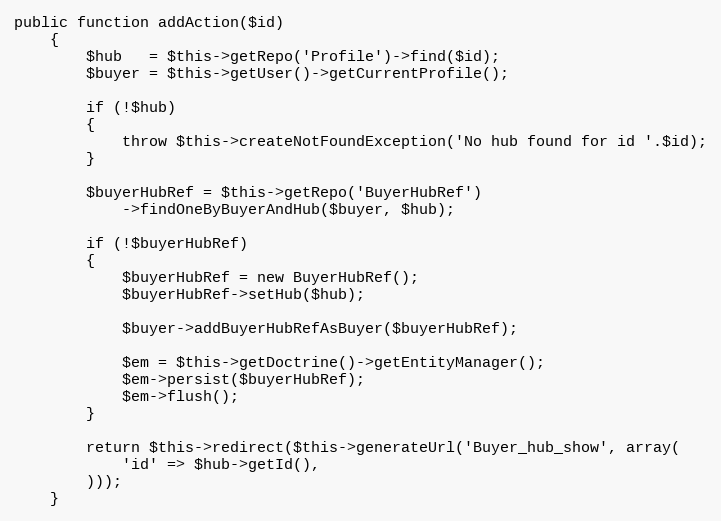
Language: PHP
public function addAction($id)
    {
        $hub   = $this->getRepo('Profile')->find($id);
        $buyer = $this->getUser()->getCurrentProfile();

        if (!$hub)
        {
            throw $this->createNotFoundException('No hub found for id '.$id);
        }

        $buyerHubRef = $this->getRepo('BuyerHubRef')
            ->findOneByBuyerAndHub($buyer, $hub);

        if (!$buyerHubRef)
        {
            $buyerHubRef = new BuyerHubRef();
            $buyerHubRef->setHub($hub);

            $buyer->addBuyerHubRefAsBuyer($buyerHubRef);

            $em = $this->getDoctrine()->getEntityManager();
            $em->persist($buyerHubRef);
            $em->flush();
        }

        return $this->redirect($this->generateUrl('Buyer_hub_show', array(
            'id' => $hub->getId(),
        )));
    }